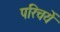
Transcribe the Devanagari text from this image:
परिचयें